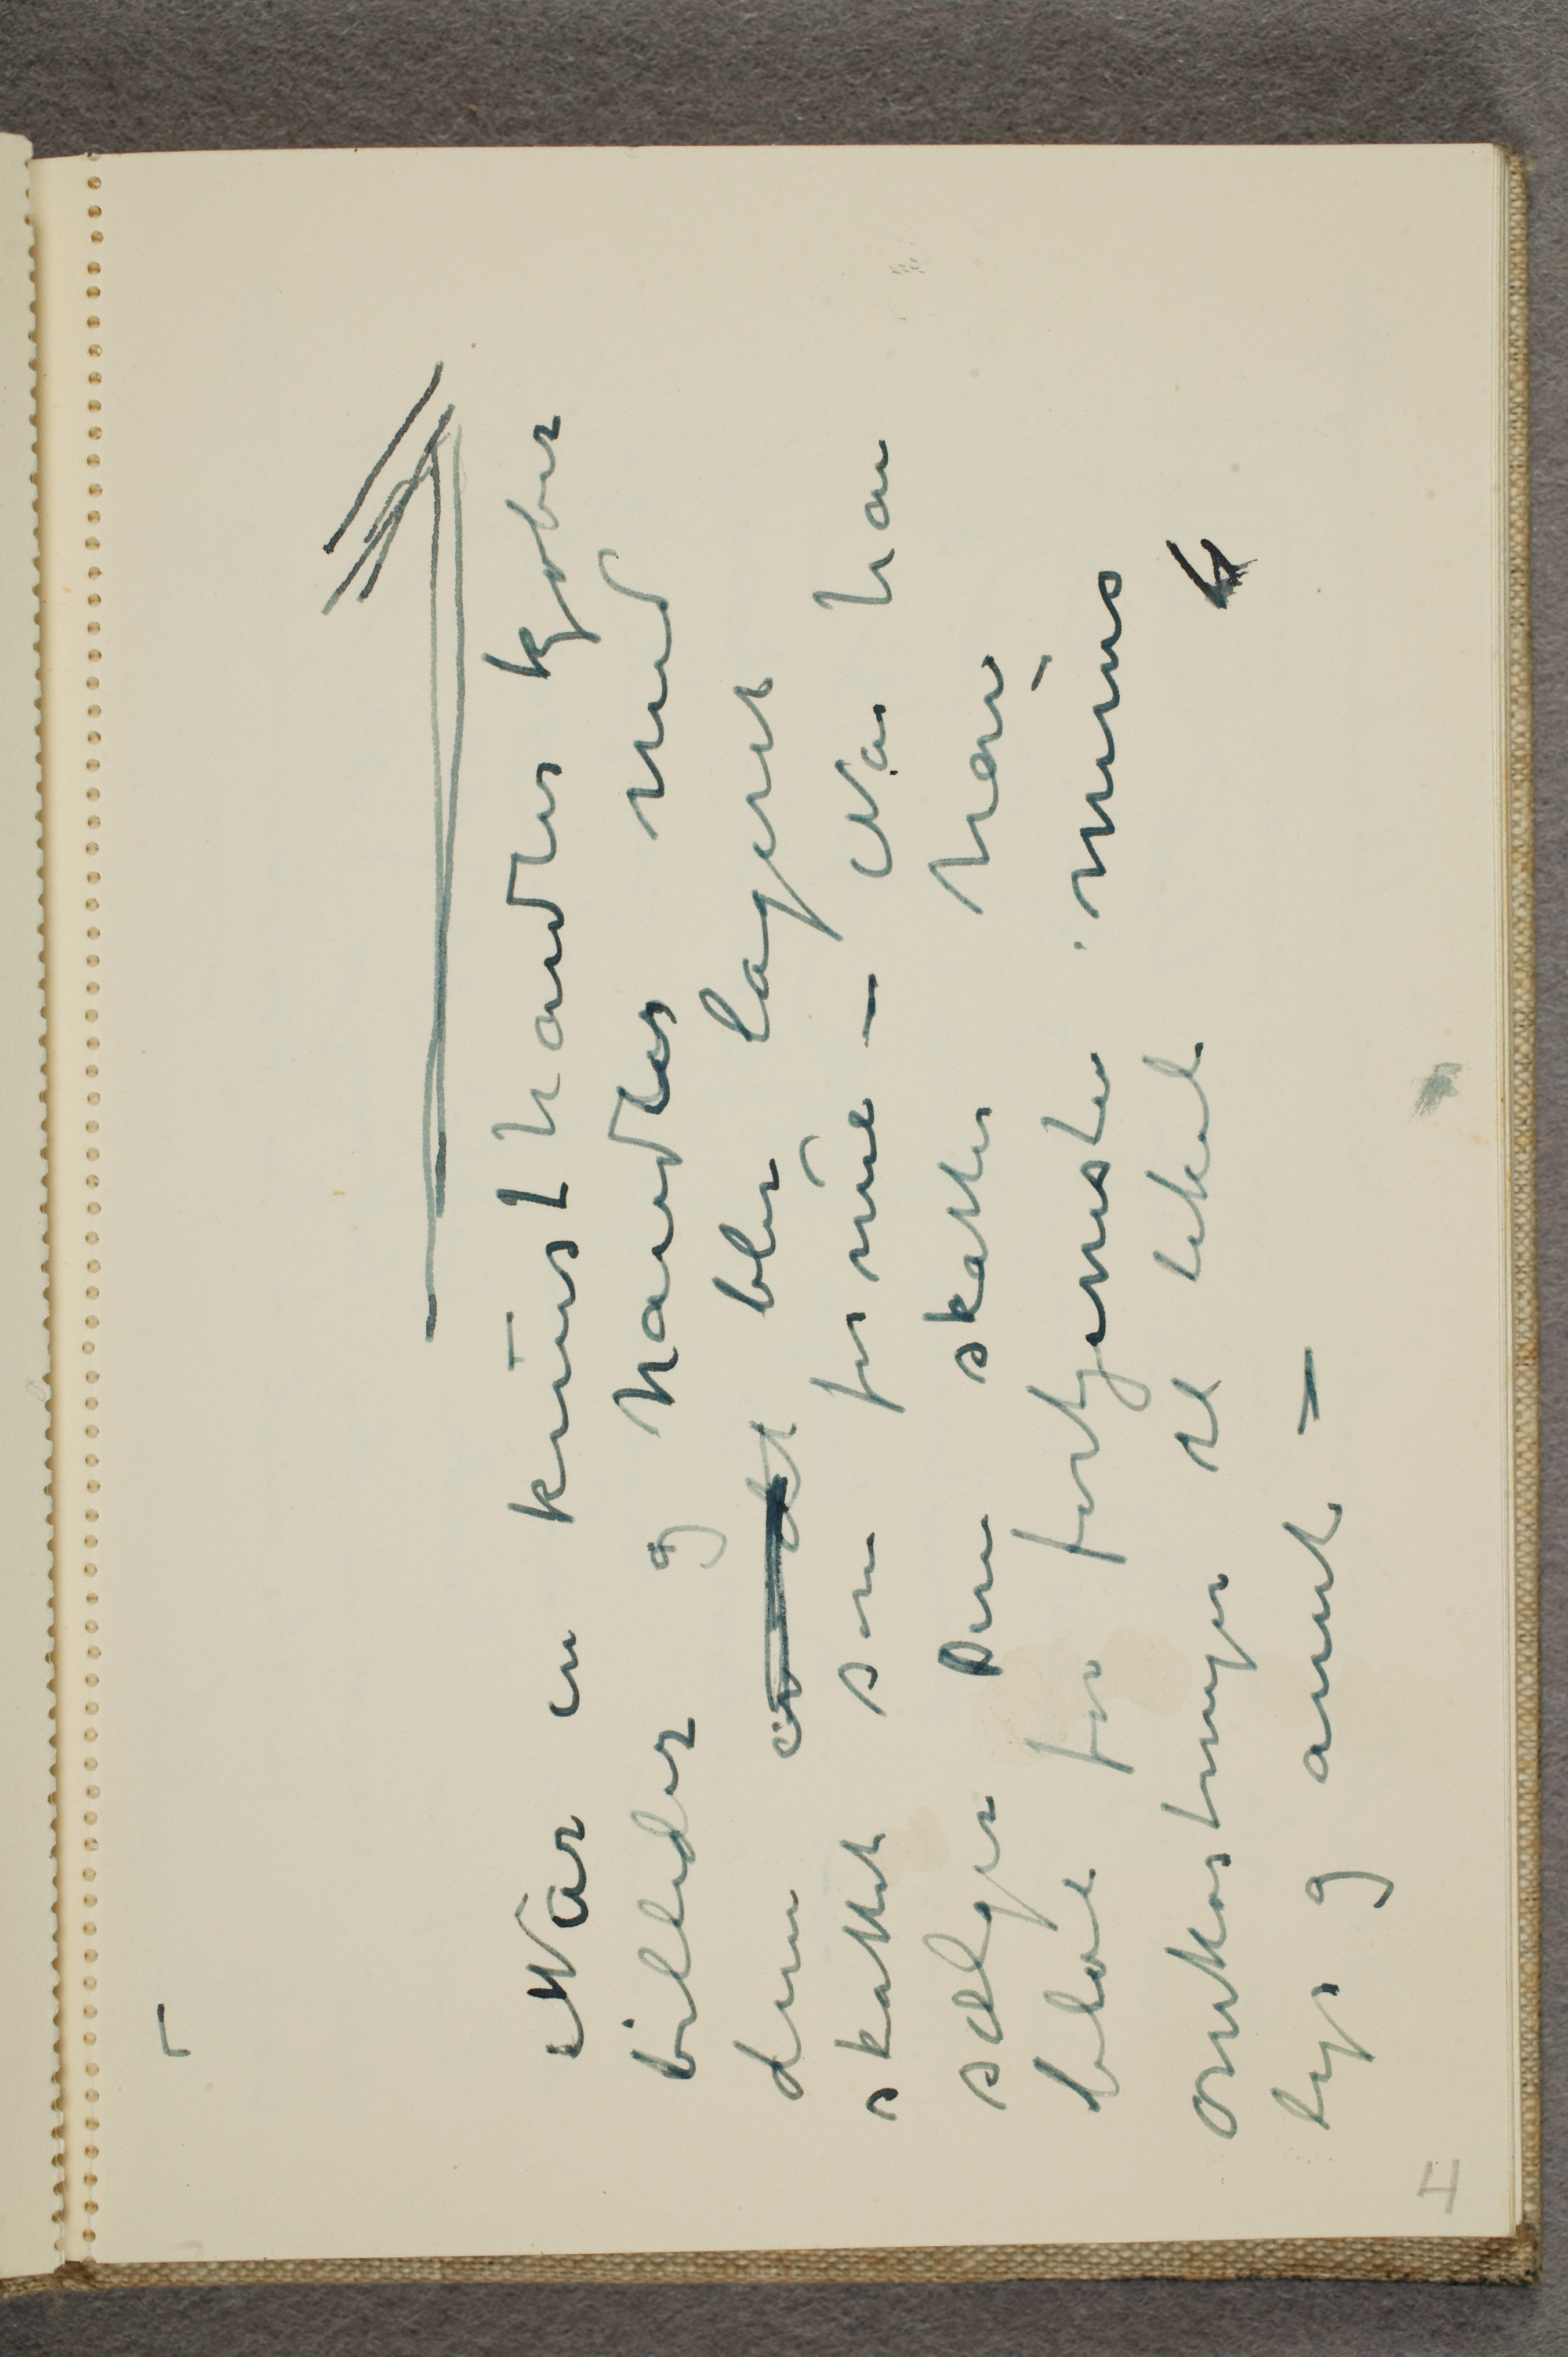
Nar en kunsthandler kjøber
billeder og handler med
dem er det blir lageret
skattet som formue - Nar han
sælger Dem skattes han
blot for fortjenesten minus
omkostninger til lokale
lys og annet -